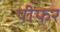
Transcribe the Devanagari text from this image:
पीफर